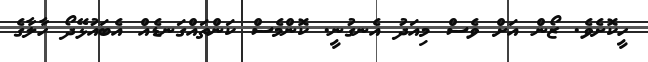
ހީކޮށެވެ. ޒޯން އަށް ވެސް މިއަދު އެނގުނީ. ކޮންމެސް ކަންތައްގަނޑެއް އެބައުޅޭދޯ ހާލާގެ